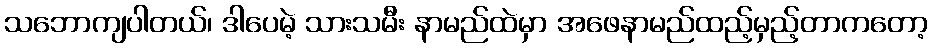
သဘောကျပါတယ်၊ ဒါပေမဲ့ သားသမီး နာမည်ထဲမှာ အဖေနာမည်ထည့်မှည့်တာကတော့